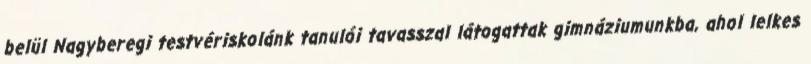
belül Nagyberegi testvériskolánk tanulói tavasszal látogattak gimnáziumunkba, ahol lelkes